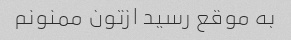
به موقع رسید ازتون ممنونم